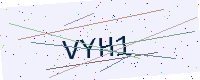
Text: VYH1